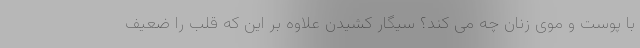
با پوست و موی زنان چه می کند؟ سیگار کشیدن علاوه بر این که قلب را ضعیف